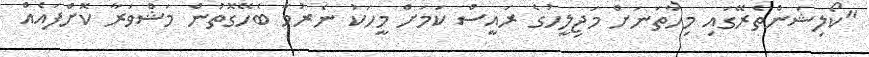
"ކޯލިޝަންތެރޭގައި މިހާތަނަށް މަޖިލީހުގެ ރައީސް ކަމަށް މީހަކު ނެރުމާ ބެހޭގޮތުން މަޝްވަރާ ކޮށްފައެއް